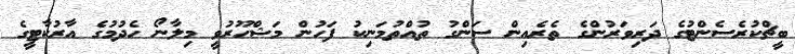
ބީޗްކުރެސެންޓުގެ ދަރިވަރުންގެ ތެރެއިން ސަންގު ތުއްތުމަނިކު ފަހުން މަޝްހޫރުވީ މިލާނޯ ހެދުމުގެ އާރުކާޓީގެ